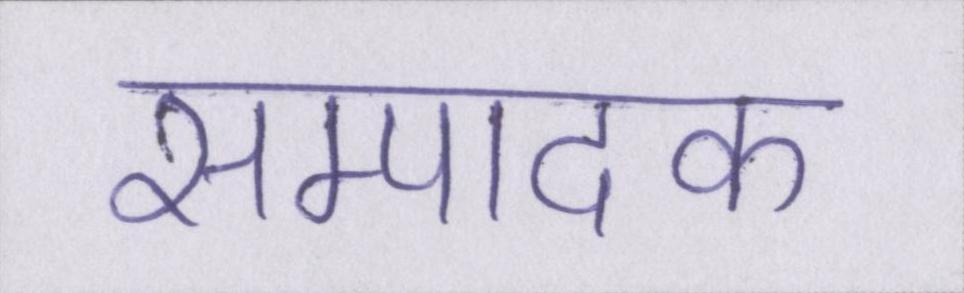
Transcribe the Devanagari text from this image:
सम्पादक